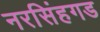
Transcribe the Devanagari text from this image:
नरसिंहगड